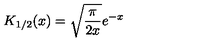
K _ { 1 / 2 } ( x ) = \sqrt { \frac { \pi } { 2 x } } e ^ { - x }